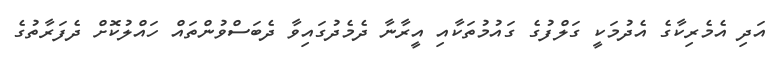
އަދި އެމެރިކާގެ އެދުމަކީ ގަލްފުގެ ގައުމުތަކާއި އީރާނާ ދެމެދުގައިވާ ދެބަސްވުންތައް ހައްލުކޮށް ދެފަރާތުގެ